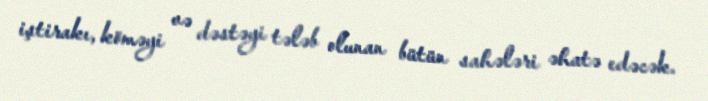
iştirakı, köməyi və dəstəyi tələb olunan bütün sahələri əhatə edəcək.